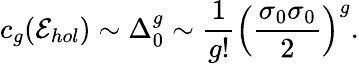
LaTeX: c_{g}({\cal E}_{hol})\sim\Delta_{0}^{g}\sim{\frac{1}{g!}}\left({\frac{\sigma_{0}\sigma_{0}}{2}}\right)^{g}.